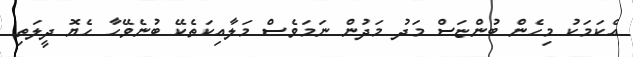
އެކަމަކު މިހެން ބުންޏަސް މަދު މަދުން ނަމަވެސް މަލާއިކަތެކޭ ބުނެވޭހާ ހެޔޮ ދީލަތި